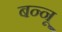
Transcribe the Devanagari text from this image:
बन्‍नू